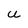
Character: U